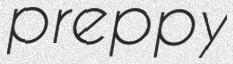
preppy